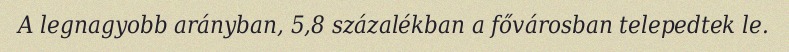
A legnagyobb arányban, 5,8 százalékban a fővárosban telepedtek le.